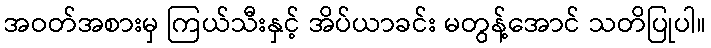
အဝတ်အစားမှ ကြယ်သီးနှင့် အိပ်ယာခင်း မတွန့်အောင် သတိပြုပါ။